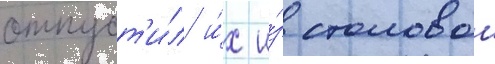
отпуст'и́л и́х и́з столовои